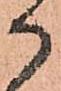
か